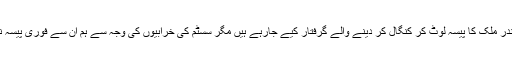
ہمارے پاس وقت کم ہے اور ہمیں فوری نوعیت کے فیصلے لینے ہیں اندر ملک کا پیسہ لوٹ کر کنگال کر دینے والے گرفتار کیے جارہے ہیں مگر سسٹم کی خرابیوں کی وجہ سے ہم ان سے فوری پیسہ نکلوانے میں ناکام ہیں اور ان لوگوں کو معمولی سزائیں دینے پہ مجبور ۔